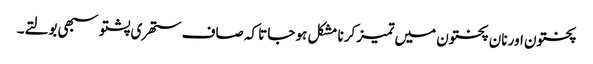
پختون اور نان پختون میں تمیز کرنا مشکل ہو جاتا کہ صاف ستھری پشتو سبھی بولتے۔